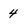
Character: 4